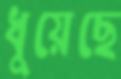
ধুয়েছে